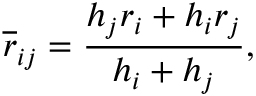
\overline { { \boldsymbol { r } } } _ { i j } = \frac { h _ { j } \boldsymbol { r } _ { i } + h _ { i } \boldsymbol { r } _ { j } } { h _ { i } + h _ { j } } ,